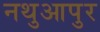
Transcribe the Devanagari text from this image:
नथुआपुर